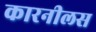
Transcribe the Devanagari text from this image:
कारनीलस